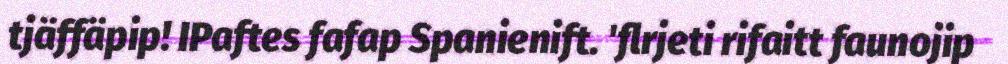
tjäffäpip! IPaftes fafap Spanienift. 'flrjeti rifaitt faunojip